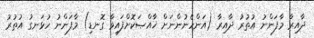
ދާއިރާ މާފަންނު އުތުރު ދާއިރާ (އަންހެނުންނަށް ޚާއްޞަކޮށްފައިވާ ގޮނޑި) މާފަންނު ހުޅަނގު އުތުރު